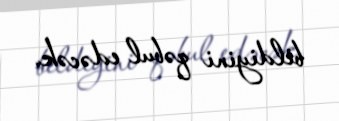
bildiyini qəbul edəcək.